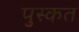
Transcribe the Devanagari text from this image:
पुस्कत